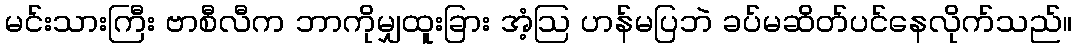
မင်းသားကြီး ဗာစီလီက ဘာကိုမျှထူးခြား အံ့ဩ ဟန်မပြဘဲ ခပ်မဆိတ်ပင်နေလိုက်သည်။